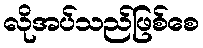
လိုအပ်သည်ဖြစ်စေ